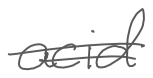
Text: acid
Cross-out: double-line
Writing tool: digital_gray